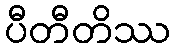
ပီတီတိဿ